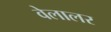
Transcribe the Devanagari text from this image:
वेलालर